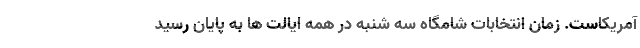
آمریکاست. زمان انتخابات شامگاه سه شنبه در همه ایالت ها به پایان رسید